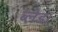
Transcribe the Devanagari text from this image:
ब्लेड।